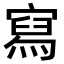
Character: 寫